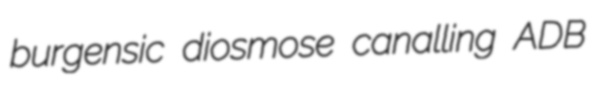
burgensic diosmose canalling ADB